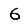
Digit: 6